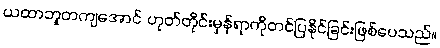
ယထာဘူတကျအောင် ဟုတ်တိုင်းမှန်ရာကိုတင်ပြနိုင်ခြင်းဖြစ်ပေသည်။